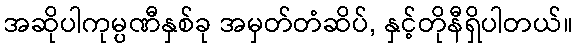
အဆိုပါကုမ္ပဏီနှစ်ခု အမှတ်တံဆိပ်, နှင့်တိုနီရှိပါတယ်။